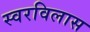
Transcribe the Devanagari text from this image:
स्वरविलास